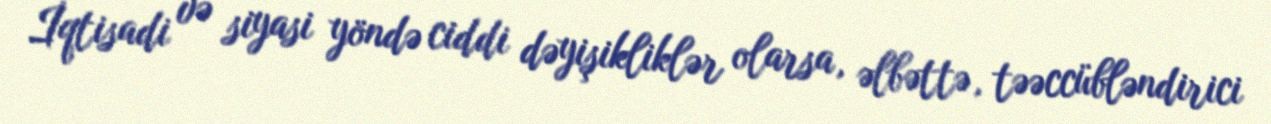
İqtisadi və siyasi yöndə ciddi dəyişikliklər olarsa, əlbəttə, təəccübləndirici